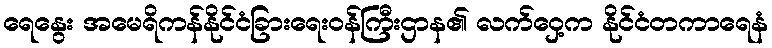
ရေနွေး အမေရိကန်နိုင်ငံခြားရေးဝန်ကြီးဌာန၏ လက်ဝှေ့က နိုင်ငံတကာရေနံ